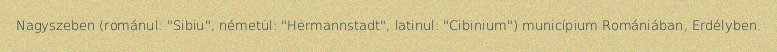
Nagyszeben (románul: "Sibiu", németül: "Hermannstadt", latinul: "Cibinium") municípium Romániában, Erdélyben.